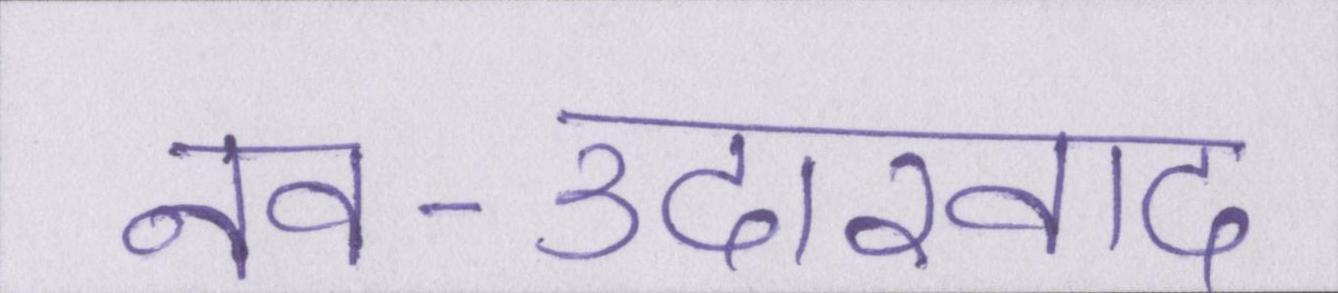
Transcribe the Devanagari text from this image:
नव-उदारवाद